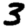
Digit: 3